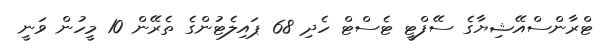
ޓްރާންސްއޭޝިޔާގެ ސޭފްޓީ ޓެސްޓް ހެދި 68 ޕައިލެޓުންގެ ތެރޭން 10 މީހުން ވަނީ